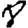
Digit: 8